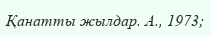
Қанатты жылдар. А., 1973;